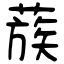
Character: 蔟